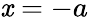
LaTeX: \mathit{x}=-a